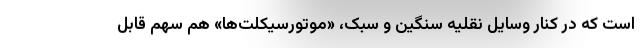
است که در کنار وسایل نقلیه سنگین و سبک، «موتورسیکلت‌ها» هم سهم قابل